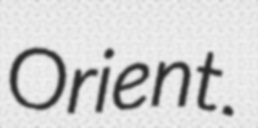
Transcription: Orient.